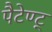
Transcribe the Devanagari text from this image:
पैटेण्ट्‍